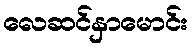
လေဆင်နှာမောင်း